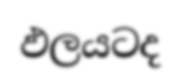
ඵලයටද